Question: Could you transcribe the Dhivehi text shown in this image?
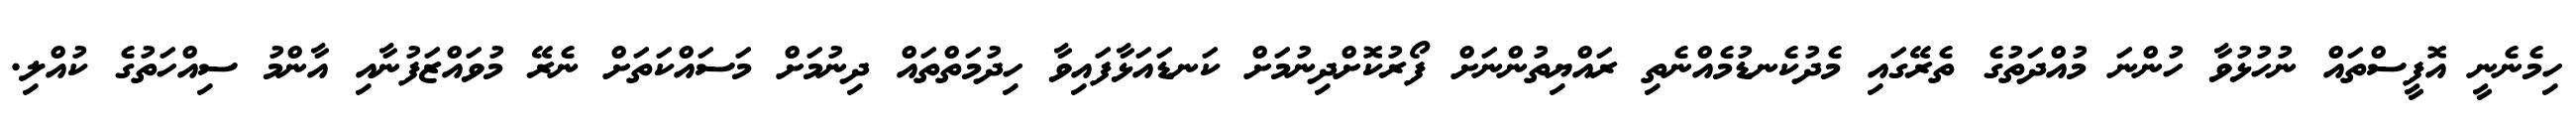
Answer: ހިމެނެނީ އޮފީސްތައް ނުހުޅުވާ ހުންނަ މުއްދަތުގެ ތެރޭގައި މެދުކެނޑުމެއްނެތި ރައްޔިތުންނަށް ފޯރުކޮށްދިނުމަށް ކަނޑައަޅާފައިވާ ހިދުމަތްތައް ދިނުމަށް މަސައްކަތަށް ނެރޭ މުވައްޒަފުނާއި އާންމު ސިއްހަތުގެ ކުއްލި.